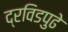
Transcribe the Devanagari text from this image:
द्रविडपुढे